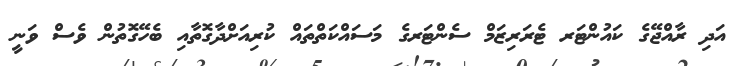
އަދި ރާއްޖޭގެ ކައުންޓަރ ޓެރަރިޒަމް ސެންޓަރގެ މަސައްކަތްތައް ކުރިއަށްދާގޮތާއި ބެހޭގޮތުން ވެސް ވަނީ